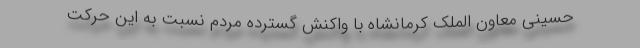
حسینی معاون الملک کرمانشاه با واکنش گسترده مردم نسبت به این حرکت